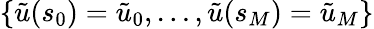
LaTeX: \{ \tilde{u}(s_{0})=\tilde{u}_{0},\ldots,\tilde{u}(s_{M})=\tilde{u}_{M}\}